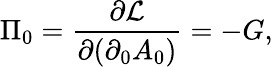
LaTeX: \Pi_{0}=\frac{\partial{\cal{L}}}{\partial(\partial_{0}A_{0})}=-G,